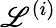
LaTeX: \mathscr{L}^{(i)}